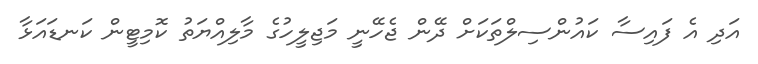
އަދި އެ ފައިސާ ކައުންސިލްތަކަށް ދޭން ޖެހޭނީ މަޖިލީހުގެ މާލިއްޔަތު ކޮމިޓީން ކަނޑައަޅާ